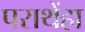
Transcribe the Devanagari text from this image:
पराथेंहा